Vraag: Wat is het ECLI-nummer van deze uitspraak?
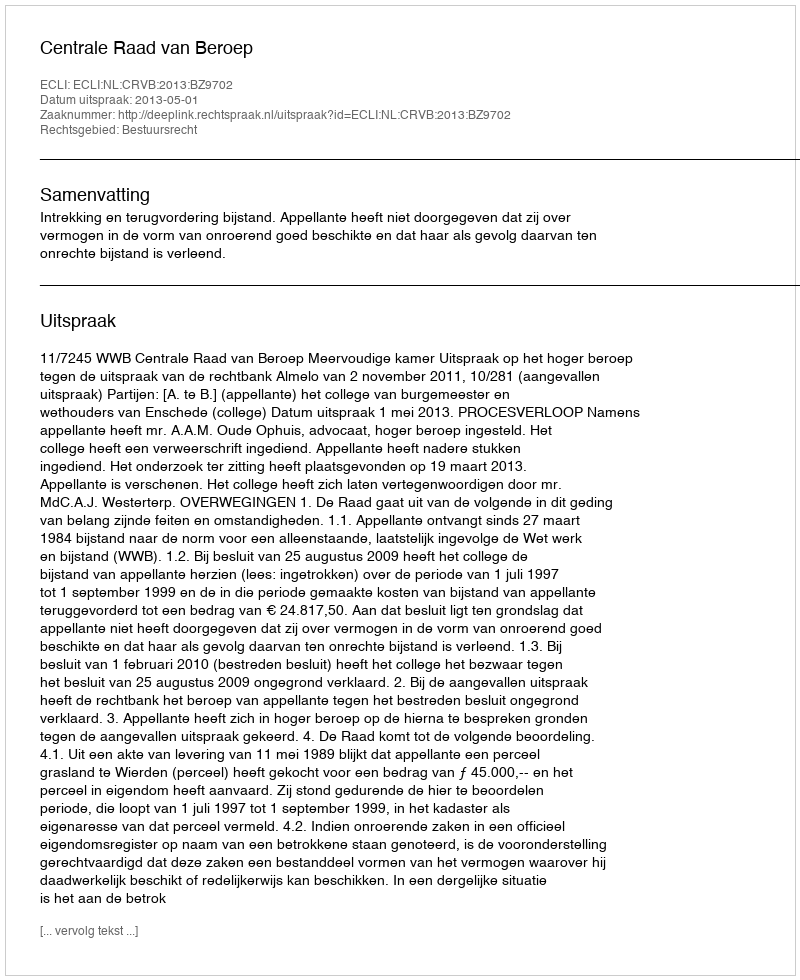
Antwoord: ECLI:NL:CRVB:2013:BZ9702